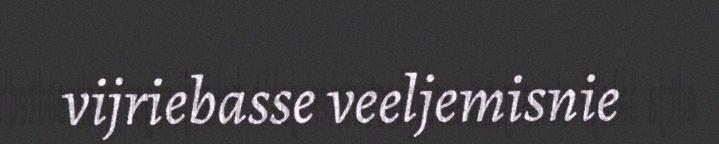
vijriebasse veeljemisnie